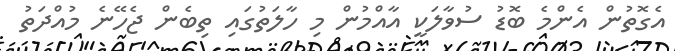
އެގޮތުން އެންމެ ބޮޑު ސުވާލަކީ އާއްމުން މި ހާލަތުގައި ތިބެން ޖެހޭނެ މުއްދަތު